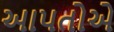
આપતોએ